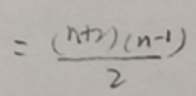
\[=\frac{(n + 1)(n - 1)}{2}\]